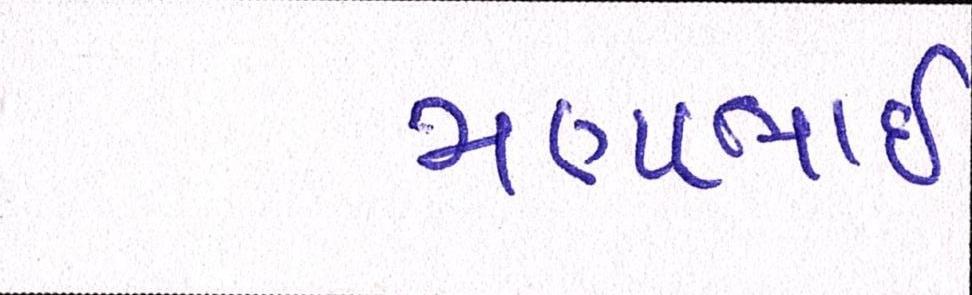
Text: મણાભાઈ